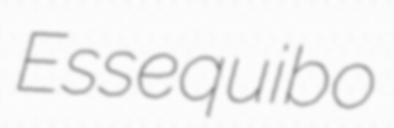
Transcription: Essequibo